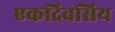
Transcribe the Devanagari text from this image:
एकदिवसिय